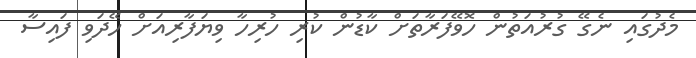
މެދުގައި ނެގޭ ގުރުއަތުން ހޮވޭފަރާތަށް ކާޑުން ކުރި ހުރިހާ ވިޔަފާރިއަށް ހޭދަވި ފައިސާ